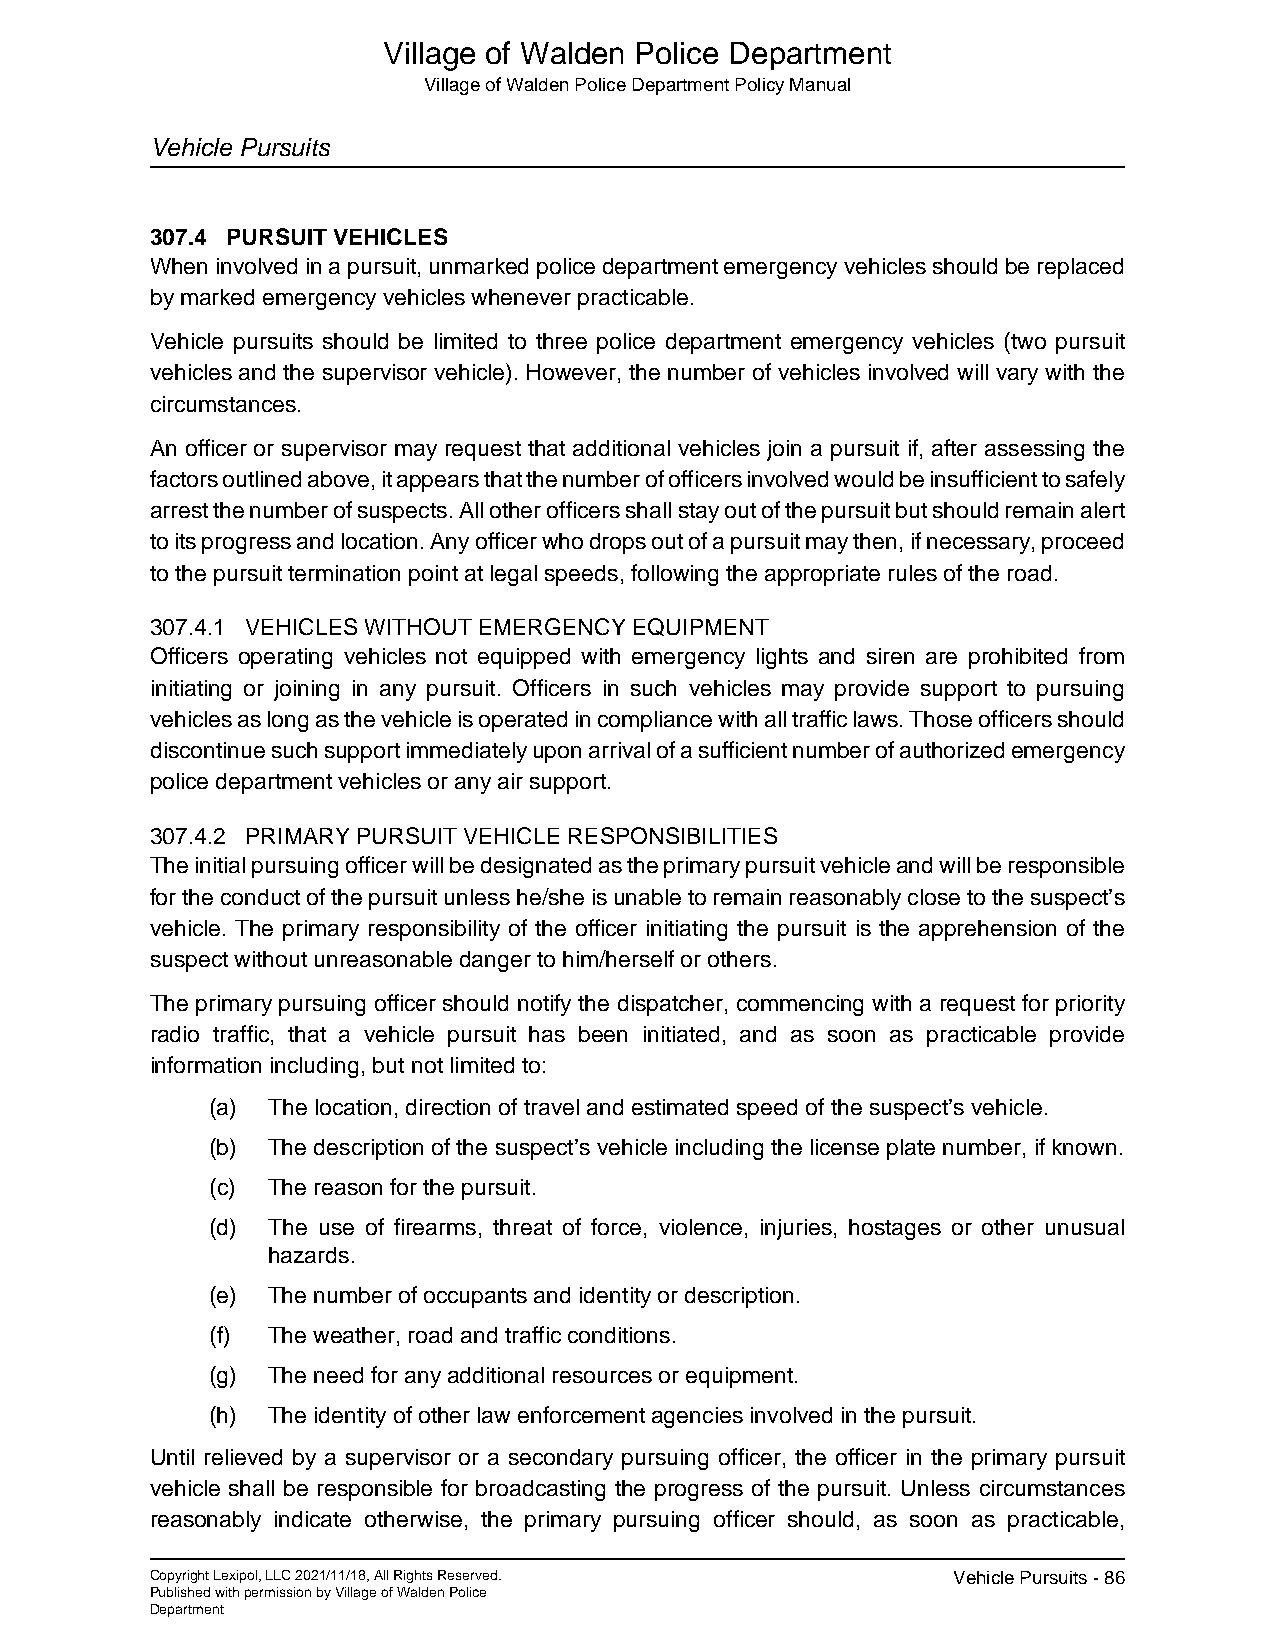
Village of Walden Police Department
 Village of Walden Police Department Policy Manual
 Vehicle Pursuits
 307.4 PURSUIT VEHICLES
 When involved in a pursuit, unmarked police department emergency vehicles should be replaced
 by marked emergency vehicles whenever practicable.
 Vehicle pursuits should be limited to three police department emergency vehicles (two pursuit
 vehicles and the supervisor vehicle). However, the number of vehicles involved will vary with the
 circumstances.
 An officer or supervisor may request that additional vehicles join a pursuit if, after assessing the
 factors outlined above, it appears that the number of officers involved would be insufficient to safely
 arrest the number of suspects. All other officers shall stay out of the pursuit but should remain alert
 to its progress and location. Any officer who drops out of a pursuit may then, if necessary, proceed
 to the pursuit termination point at legal speeds, following the appropriate rules of the road.
 307.4.1 VEHICLES WITHOUT EMERGENCY EQUIPMENT
 Officers operating vehicles not equipped with emergency lights and siren are prohibited from
 initiating or joining in any pursuit. Officers in such vehicles may provide support to pursuing
 vehicles as long as the vehicle is operated in compliance with all traffic laws. Those officers should
 discontinue such support immediately upon arrival of a sufficient number of authorized emergency
 police department vehicles or any air support.
 307.4.2 PRIMARY PURSUIT VEHICLE RESPONSIBILITIES
 The initial pursuing officer will be designated as the primary pursuit vehicle and will be responsible
 for the conduct of the pursuit unless he/she is unable to remain reasonably close to the suspect’s
 vehicle. The primary responsibility of the officer initiating the pursuit is the apprehension of the
 suspect without unreasonable danger to him/herself or others.
 The primary pursuing officer should notify the dispatcher, commencing with a request for priority
 radio traffic, that a vehicle pursuit has been initiated, and as soon as practicable provide
 information including, but not limited to:
 (a) The location, direction of travel and estimated speed of the suspect’s vehicle.
 (b) The description of the suspect’s vehicle including the license plate number, if known.
 (c) The reason for the pursuit.
 (d) The use of firearms, threat of force, violence, injuries, hostages or other unusual
 hazards.
 (e) The number of occupants and identity or description.
 (f) The weather, road and traffic conditions.
 (g) The need for any additional resources or equipment.
 (h) The identity of other law enforcement agencies involved in the pursuit.
 Until relieved by a supervisor or a secondary pursuing officer, the officer in the primary pursuit
 vehicle shall be responsible for broadcasting the progress of the pursuit. Unless circumstances
 reasonably indicate otherwise, the primary pursuing officer should, as soon as practicable,
 Copyright Lexipol, LLC 2021/11/18, All Rights Reserved. Vehicle Pursuits - 86
 Published with permission by Village of Walden Police
 Department